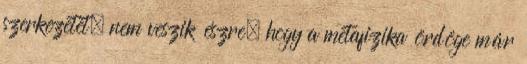
szerkezetet, nem ve­szik észre, hogy a metafizika ördöge már